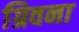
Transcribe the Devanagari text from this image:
ग्रिवना